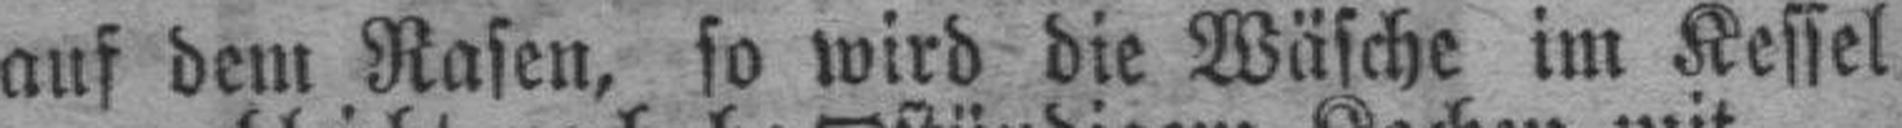
auf dem Rasen, so wird die Wäsche im Kessel